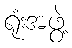
ရုံးအဖွဲ့